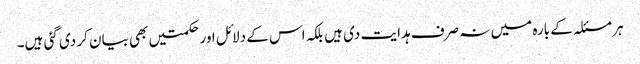
ہر مسئلہ کے بارہ میں نہ صرف ہدایت دی ہیں بلکہ اس کے دلائل اورحکمتیں بھی بیان کر دی گئی ہیں۔